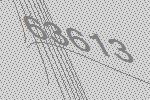
63613